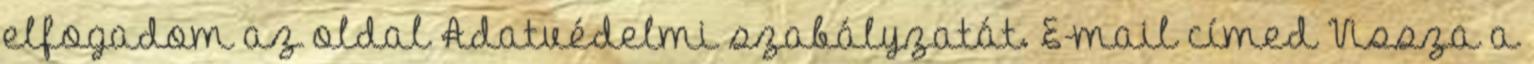
elfogadom az oldal Adatvédelmi szabályzatát. E-mail címed Vissza a